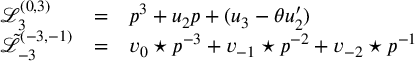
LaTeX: \begin{array} { l c l } { { { \mathcal L } _ { 3 } ^ { ( 0 , 3 ) } } } & { { = } } & { { p ^ { 3 } + u _ { 2 } p + ( u _ { 3 } - \theta u _ { 2 } ^ { \prime } ) } } \\ { { { \tilde { \mathcal L } } _ { - 3 } ^ { ( - 3 , - 1 ) } } } & { { = } } & { { { v _ { 0 } \star p } ^ { - 3 } + v _ { - 1 } \star p ^ { - 2 } + v _ { - 2 } \star p ^ { - 1 } } } \end{array}